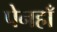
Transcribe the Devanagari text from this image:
पेनहाँ